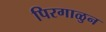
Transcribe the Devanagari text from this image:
पिरगाळुन